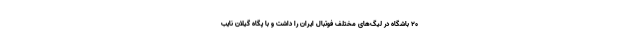
۲۰ باشگاه در لیگ‌های مختلف فوتبال ایران را داشت و با پگاه گیلان نایب